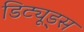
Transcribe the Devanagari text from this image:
डिट्यूड्स